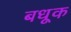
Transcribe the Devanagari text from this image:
बधूक